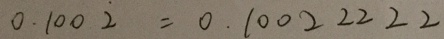
0 . 1 0 0 \dot { 2 } = 0 . 1 0 0 2 2 2 2 2